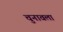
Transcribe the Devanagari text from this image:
चुनावला